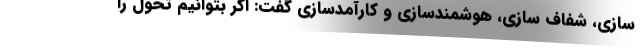
سازی، شفاف سازی، هوشمندسازی و کارآمدسازی گفت: اگر بتوانیم تحول را